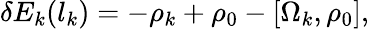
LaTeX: \delta E_{k}(l_{k})=-\rho_{k}+\rho_{0}-[\Omega_{k},\rho_{0}],